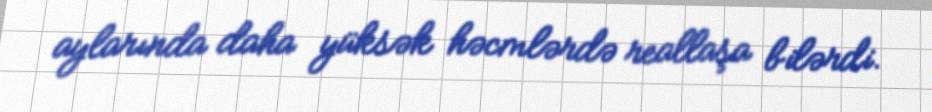
aylarında daha yüksək həcmlərdə reallaşa bilərdi.